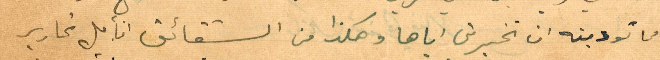
مما تودينه ان تخبريني إياها وهكذا من الشقائق اتأمل تحارير